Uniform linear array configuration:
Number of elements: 32
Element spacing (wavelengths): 1
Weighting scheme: exponential
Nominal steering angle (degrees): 15
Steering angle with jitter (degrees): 15.099
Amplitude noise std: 0.05
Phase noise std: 0.05

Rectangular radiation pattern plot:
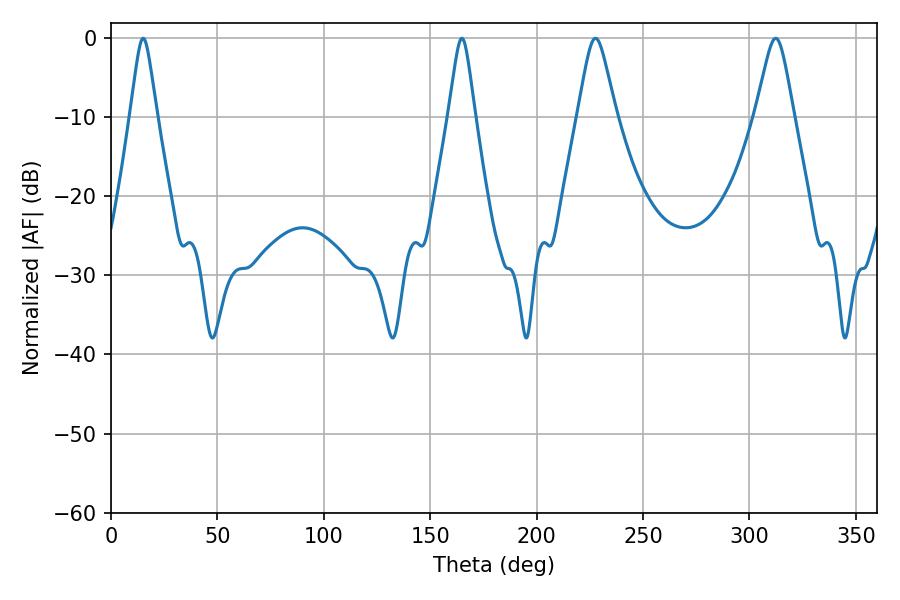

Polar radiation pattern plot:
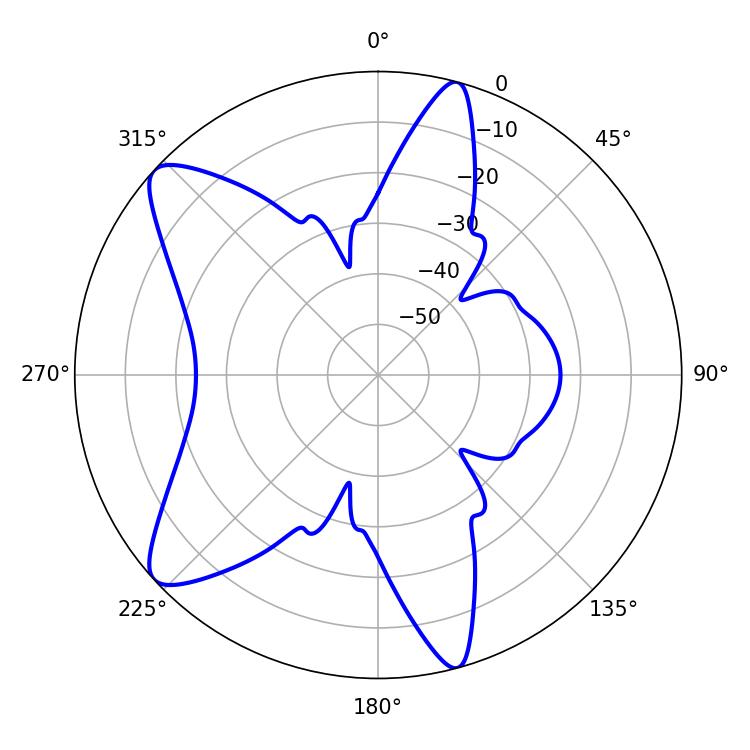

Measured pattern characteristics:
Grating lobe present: TRUE
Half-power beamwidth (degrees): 5.94
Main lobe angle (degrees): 15.12